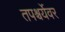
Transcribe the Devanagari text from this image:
तपश्चर्येवर